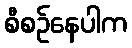
စီစဉ်နေပါက